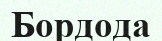
Бордода